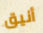
أنيق